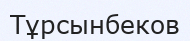
Тұрсынбеков